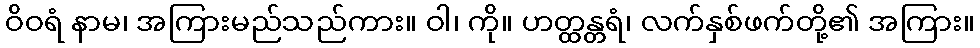
ဝိဝရံ နာမ၊ အကြားမည်သည်ကား။ ဝါ၊ ကို။ ဟတ္ထန္တရံ၊ လက်နှစ်ဖက်တို့၏ အကြား။